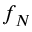
f _ { N }